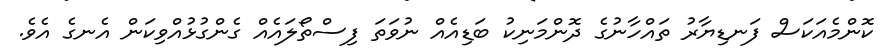
ކޮންމެއަކަސް ފަނޑިޔާރު ތައްހާނުގެ ދޮންމަނިކު ބަޑިއެއް ނުވަތަ ފިސްތޯލައެއް ގެންގުޅުއްވިކަން އެނގެ އެވެ.